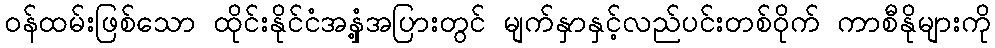
ဝန်ထမ်းဖြစ်သော ထိုင်းနိုင်ငံအနှံ့အပြားတွင် မျက်နှာနှင့်လည်ပင်းတစ်ဝိုက် ကာစီနိုများကို